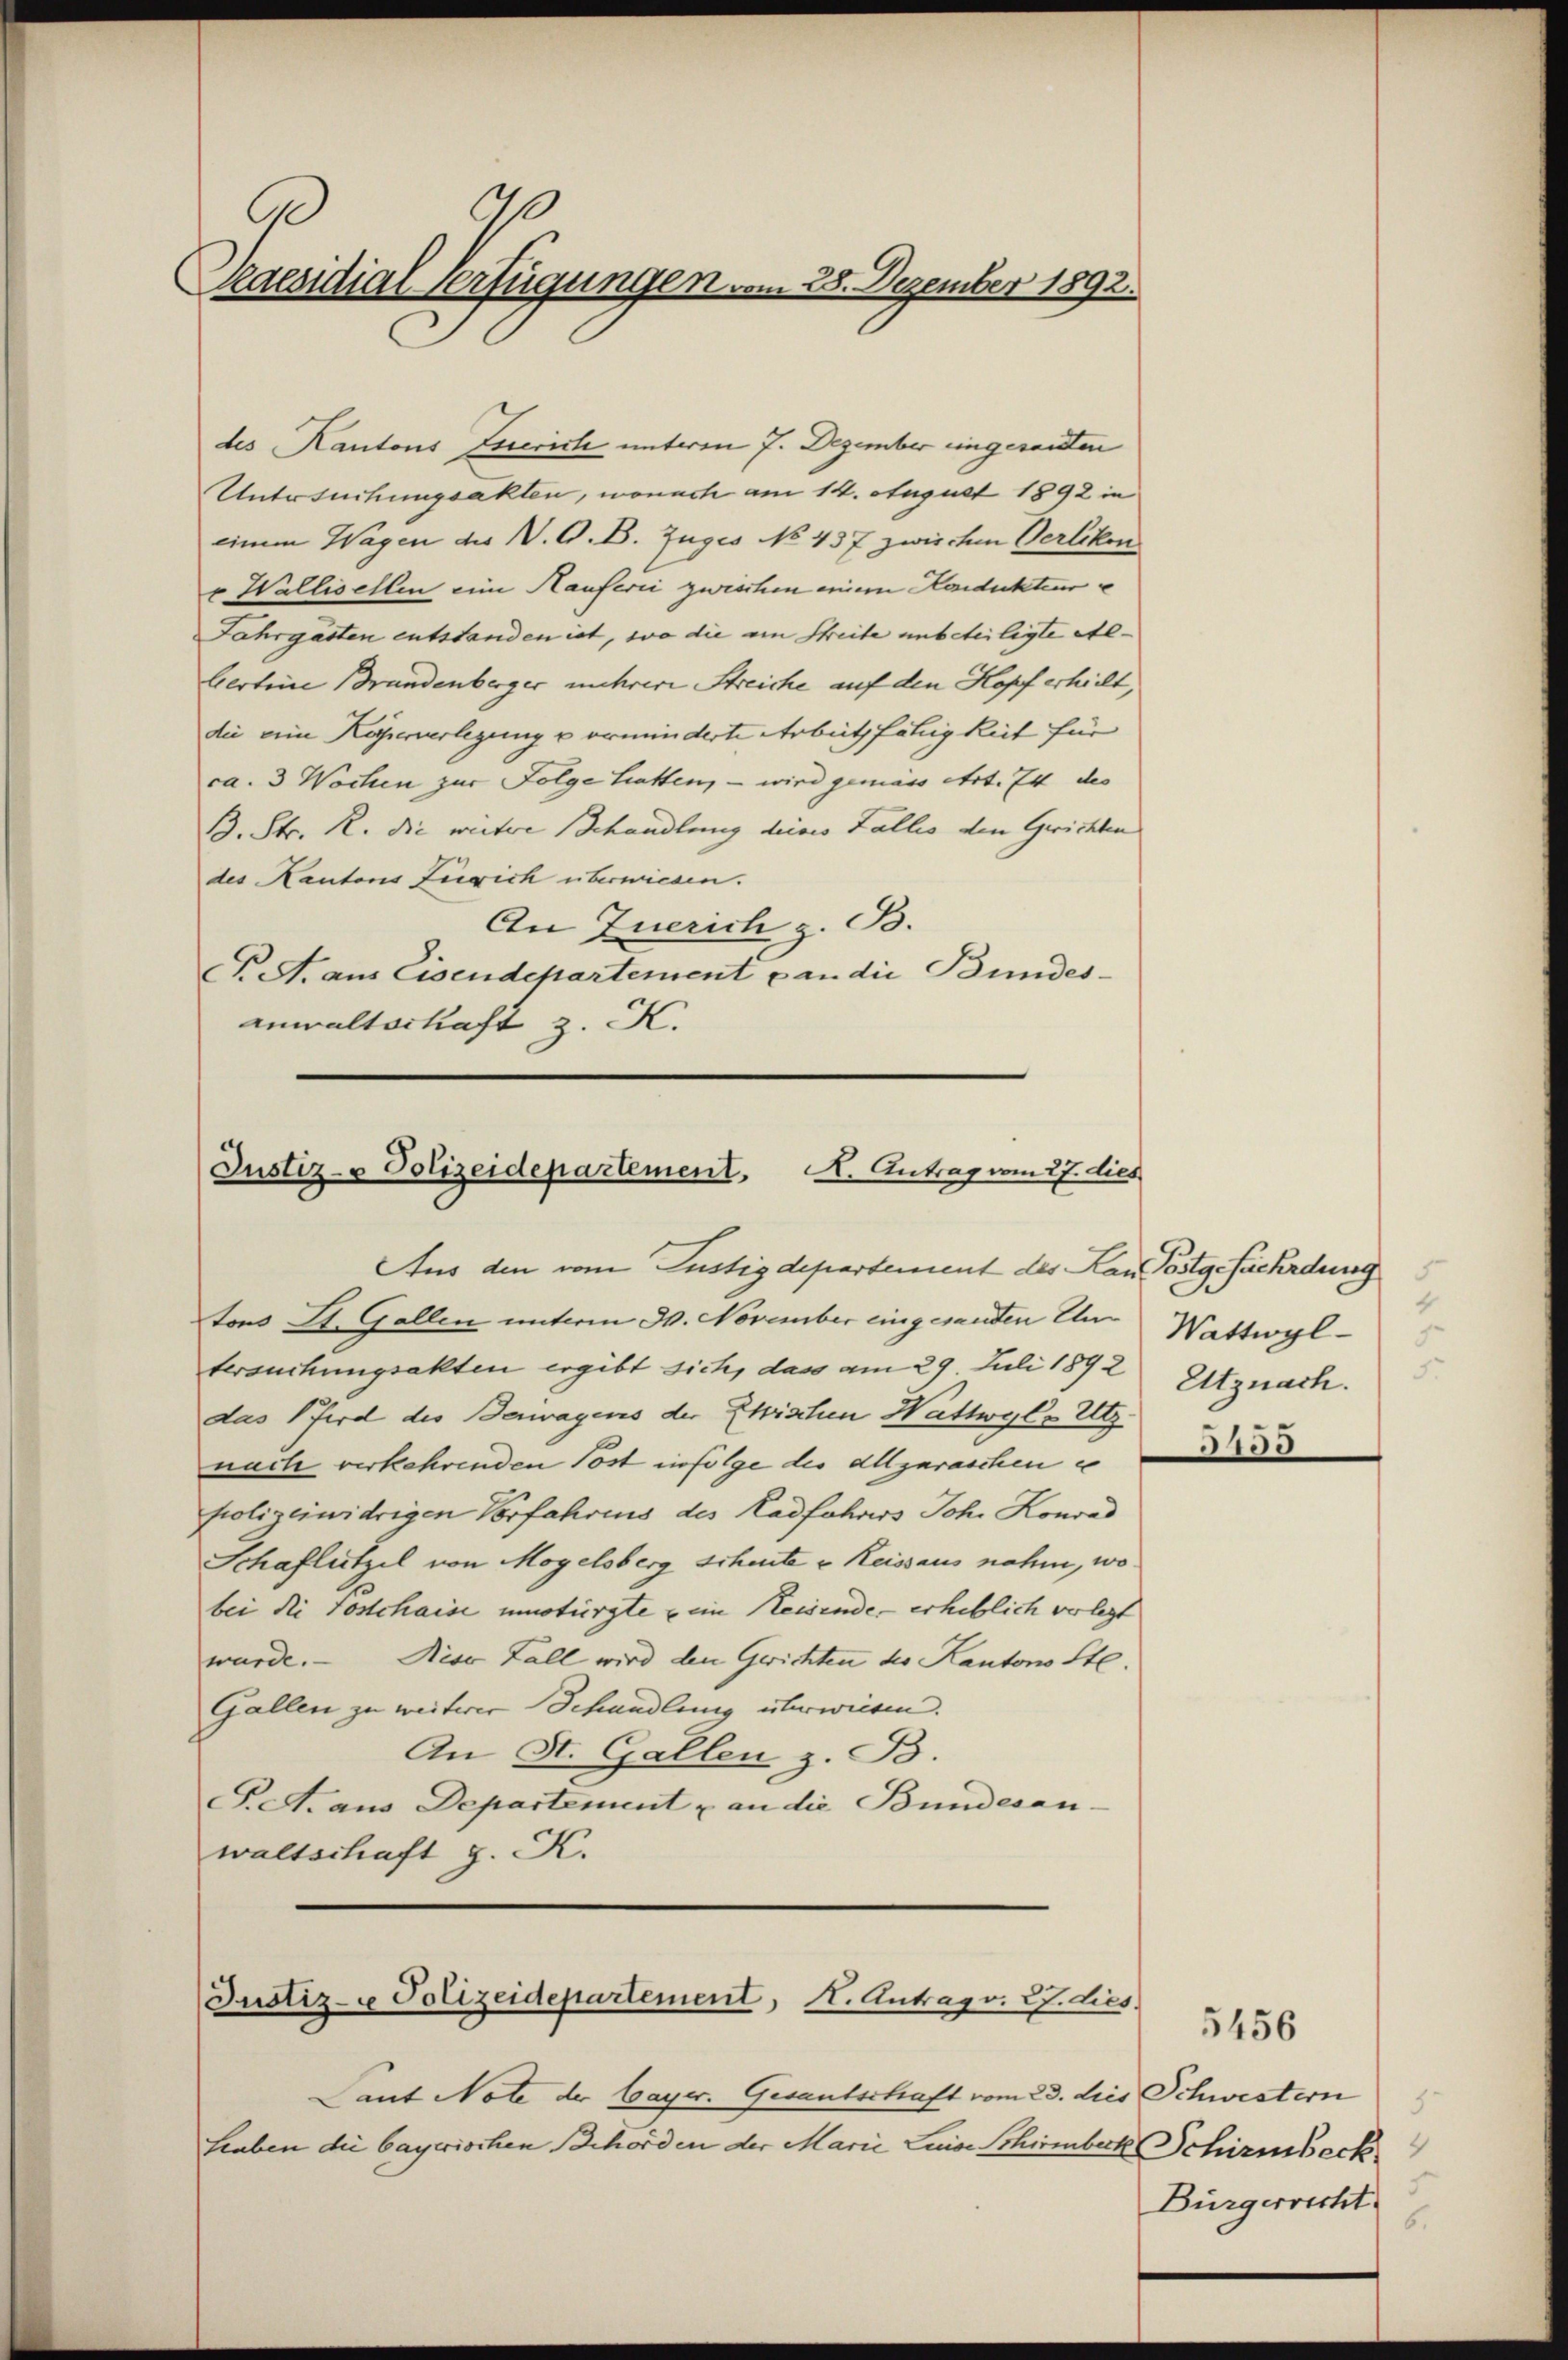
90
Paesidial Verfügungen vom 28. Dezember 1892.

des Kantons Zueriche unteren 7. Dezember eingesandten
Untersuchungsakten, wonach am 14. August 1892 in
einem Wagen des V. G. B. Zuges No 437 zwischen Verlikon
v Wallisellen eine Hauferii zwischen einem Handecktenre
Jahrgästen entstanden ist, wo die am Streite unbeteiligte Ste-
berteine Brandenberger mehrere Streiche auf den Kopf erhielt,
die eine Köperverlegung u erminderte Arbeitsfähigkeit für
ca. 3 Wochen zur Folge hatten, – wird gemäss Art. 74 des
B. Str. R. die weitere Behandlung deines Fallis den Gerichten
des Kantons Zürich überwiesen.
An Zuerich z. B.
C A. aus Eisendepartement p an die Bundes-
anwaltschaft z. K.

Justiz- & Polizeidepartement. A. Antrag vom 27. dies

Aus den vom Justizdepartement des Kan Postgefährdung
tons St. Gallen unterm 30. November eingesandten Umtersuchungsakten ergibt sich, dass am 29. Juli 1892
das Pferd des Bewagens der Zwischen Wattwyl - Utz.
nach verkehrenden Post infolge des Allgaraschen e
polizeiwidrigen Vorfahrens des Radfahres Joh. Konrad
Schaflützel von Mogelsberg Scheute u Reissaus nahm, wo
bei di Postchaise umstürzte ein Heisende - erheblich verlegt
wurde. — Diese Fall wird den Gerichten der Kantons St.
Gallen zu weiterer Schandlung überwiesen.
An St. Gallen z. B.
P.M. aus Departement u an die Bundesan-
waltschaft z. K.

Lant Note der Cayer. Gesantschaft vom 23. dies Schwestern
haben die bayerischen Behörden der Marie Luise Schirmbeck Schirmbeck

Justiz- & Polizeidepartement, H. Antrag v. 27. dies

4
Wattwyl
.
5.
Utznach.

3405

3
Bürgerrecht.
6.

5456